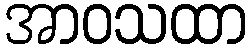
အာဝသထာ